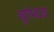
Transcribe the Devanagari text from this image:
खुर्रमदाद